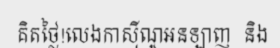
គិតថ្លៃ!លេងកាស៊ីណូអនឡាញ  និង